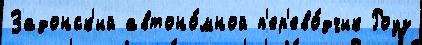
Задонск'ий автоно́мной п'ер'ево́дчик Роуз